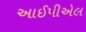
આઈપીએલ